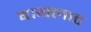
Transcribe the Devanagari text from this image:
बायलाट